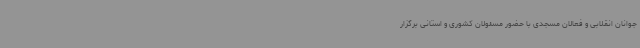
جوانان انقلابی و فعالان مسجدی با حضور مسئولان کشوری و استانی برگزار